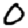
Digit: 0